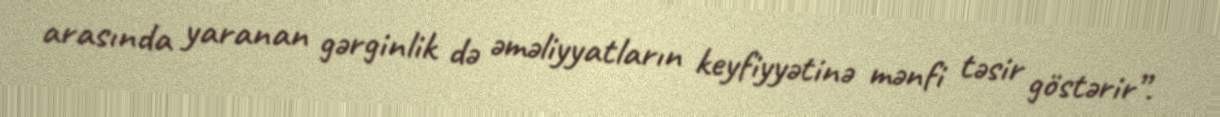
arasında yaranan gərginlik də əməliyyatların keyfiyyətinə mənfi təsir göstərir”.